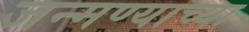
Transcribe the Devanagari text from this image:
जन्मण्याच्या